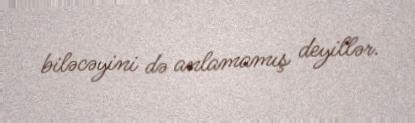
biləcəyini də anlamamış deyillər.